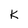
Character: K